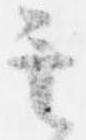
其